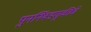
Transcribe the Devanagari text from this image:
पुनर्निवडणूकीचे